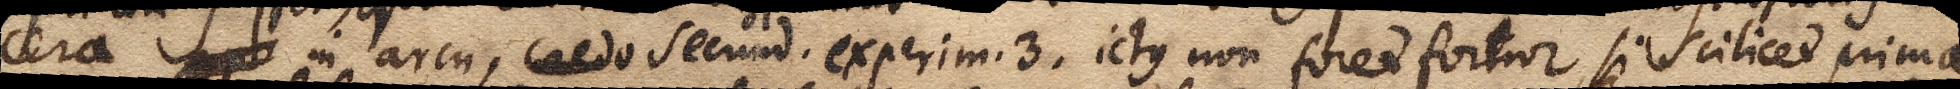
cera expe in arcu, credo secund. experim. 3. ictus non foret fortior, si scilicet prima